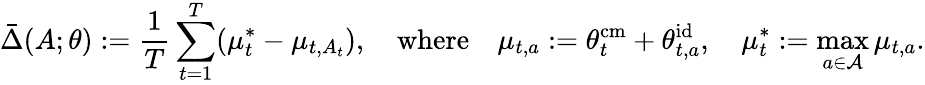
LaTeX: \bar{\Delta}(A;\theta):=\frac{1}{T}\sum_{t=1}^{T}(\mu_{t}^{*}-\mu_{t,A_{t}}),\quad\mathrm{where}\quad\mu_{t,a}:=\theta_{t}^{\mathrm{cm}}+\theta_{t,a}^{\mathrm{id}},\quad\mu_{t}^{*}:=\operatorname*{max}_{a\in\mathcal{A}}\mu_{t,a}.